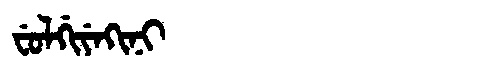
Manchu: ᠸᡠᠯᡤᡳᠶᡝᡴᡳᠨᡳ
Romanization: FULGIYEKINI